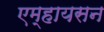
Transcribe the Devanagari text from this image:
एम्हायसन